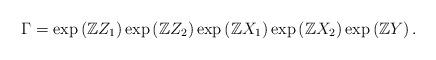
LaTeX: \begin{align*}\Gamma=\exp\left(\mathbb{Z}Z_{1}\right) \exp\left(\mathbb{Z}Z_{2}\right) \exp\left(\mathbb{Z}X_{1}\right) \exp\left(\mathbb{Z}X_{2}\right) \exp\left(\mathbb{Z}Y\right) .\end{align*}